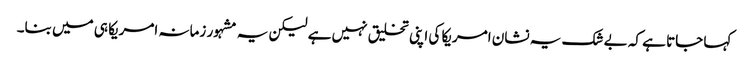
کہا جاتا ہے کہ بے شک یہ نشان امریکا کی اپنی تخلیق نہیں ہے لیکن یہ مشہور زمانہ امریکا ہی میں بنا۔